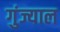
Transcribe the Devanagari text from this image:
गुंज्याल